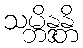
သမ္ဘိန္ဒန္တိ